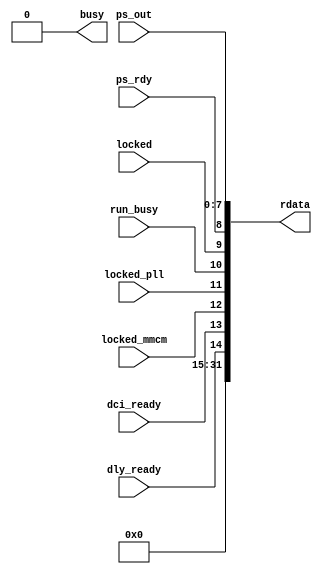
/*******************************************************************************
 * Module: ddrc_status
 * Description: Read status/radback information from the DDR controller
 *
 * Copyright (c) 2014 Elphel, Inc.
 * ddrc_status.v is free software; you can redistribute it and/or modify
 * it under the terms of the GNU General Public License as published by
 * the Free Software Foundation, either version 3 of the License, or
 * (at your option) any later version.
 *
 *  ddrc_status.v is distributed in the hope that it will be useful,
 * but WITHOUT ANY WARRANTY; without even the implied warranty of
 * MERCHANTABILITY or FITNESS FOR A PARTICULAR PURPOSE.  See the
 * GNU General Public License for more details.
 *
 * You should have received a copy of the GNU General Public License
 * along with this program.  If not, see <http://www.gnu.org/licenses/> .
 *******************************************************************************/
`timescale 1ns/1ps

module  ddrc_status
//#(
//    parameter AXI_RD_ADDR_BITS=   12
//    parameter SELECT_ADDR =      'h800, // address to select this module
//    parameter SELECT_ADDR_MASK = 'h800, // address mask to select this  module
//    parameter BUSY_ADDR =        'hc00, // address to generate busy
//    parameter BUSY_ADDR_MASK =   'hc00  // address mask to generate busy
//)
 (
//    input                         clk,
//    input                         mclk,
//    input                         rst,
//    input  [AXI_RD_ADDR_BITS-1:0] pre_raddr,     // AXI reade address, before actual reads (to generate busy), valid@start_burst
//    input                         start_rburst,  // burst start - should generate ~ready (should be AND-ed with !busy internally) 
//    input  [AXI_RD_ADDR_BITS-1:0] raddr,         // read address, valid with rd_en
//    input                         rd_en,         // read enable
    output                 [31:0] rdata,         // read data, should valid with raddr and rd_en
    output                        busy,          // interface busy (combinatorial delay from start_wburst and pre_addr
// status/readback signals
//    input                         run_done,      // sequencer done (add busy?)
    input                         run_busy,       // sequencer busy
    input                         locked,        // MMCM and PLL locked
    input                         locked_mmcm,
    input                         locked_pll,
    input                         dly_ready,
    input                         dci_ready,
    input                         ps_rdy,        // MMCM phase shift control ready
    input                  [ 7:0] ps_out         // MMCM phase shift value (in 1/56 of the Fvco period)
);
    assign busy=0;
    assign rdata={17'b0,dly_ready,dci_ready, locked_mmcm, locked_pll, run_busy,locked,ps_rdy,ps_out[7:0]};
    

endmodule